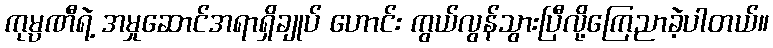
ကုမ္ပဏီရဲ့ အမှုဆောင်အရာရှိချုပ် ဟောင်း ကွယ်လွန်သွားပြီလို့ကြေညာခဲ့ပါတယ်။